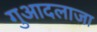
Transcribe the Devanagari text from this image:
गुआदलाजा